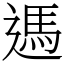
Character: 遤